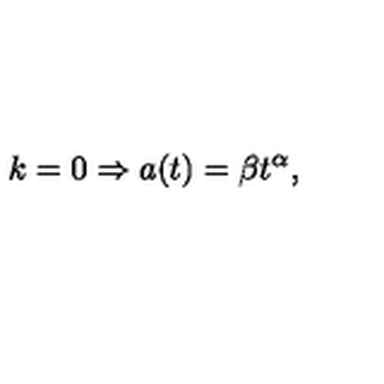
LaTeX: k = 0 \Rightarrow a ( t ) = \beta t ^ { \alpha } ,